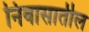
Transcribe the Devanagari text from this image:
निवासातील